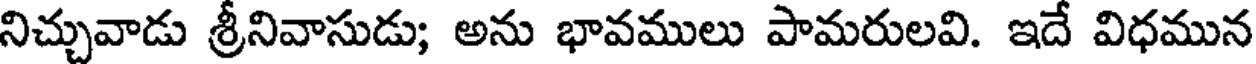
నిచ్చువాడు శ్రీనివాసుడు; అను భావములు పామరులవి. ఇదే విధమున